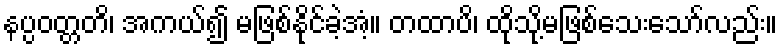
နပ္ပဝတ္တတိ၊ အကယ်၍ မဖြစ်နိုင်ခဲ့အံ့။ တထာပိ၊ ထိုသို့မဖြစ်သေးသော်လည်း။